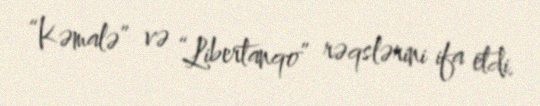
“Kəmalə” və “Libertanqo” rəqslərini ifa etdi.